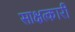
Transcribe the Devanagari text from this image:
साक्षत्कारी